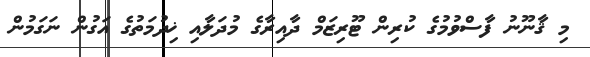
މި ޤާނޫނު ފާސްވުމުގެ ކުރިން ޓޫރިޒަމް ދާއިރާގެ މުދަލާއި ޚިދުމަތުގެ އަގުން ނަގަމުން